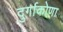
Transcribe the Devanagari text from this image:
दुर्गाकोणा